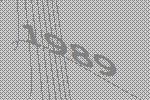
1989